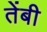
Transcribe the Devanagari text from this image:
तेंबी